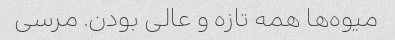
میوه‌ها همه تازه و عالی بودن. مرسی